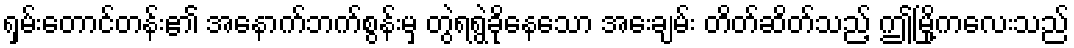
ရှမ်းတောင်တန်း၏ အနောက်ဘက်စွန်းမှ တွဲရရွဲခိုနေသော အေးချမ်း တိတ်ဆိတ်သည့် ဤမြို့ကလေးသည်